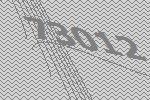
73012